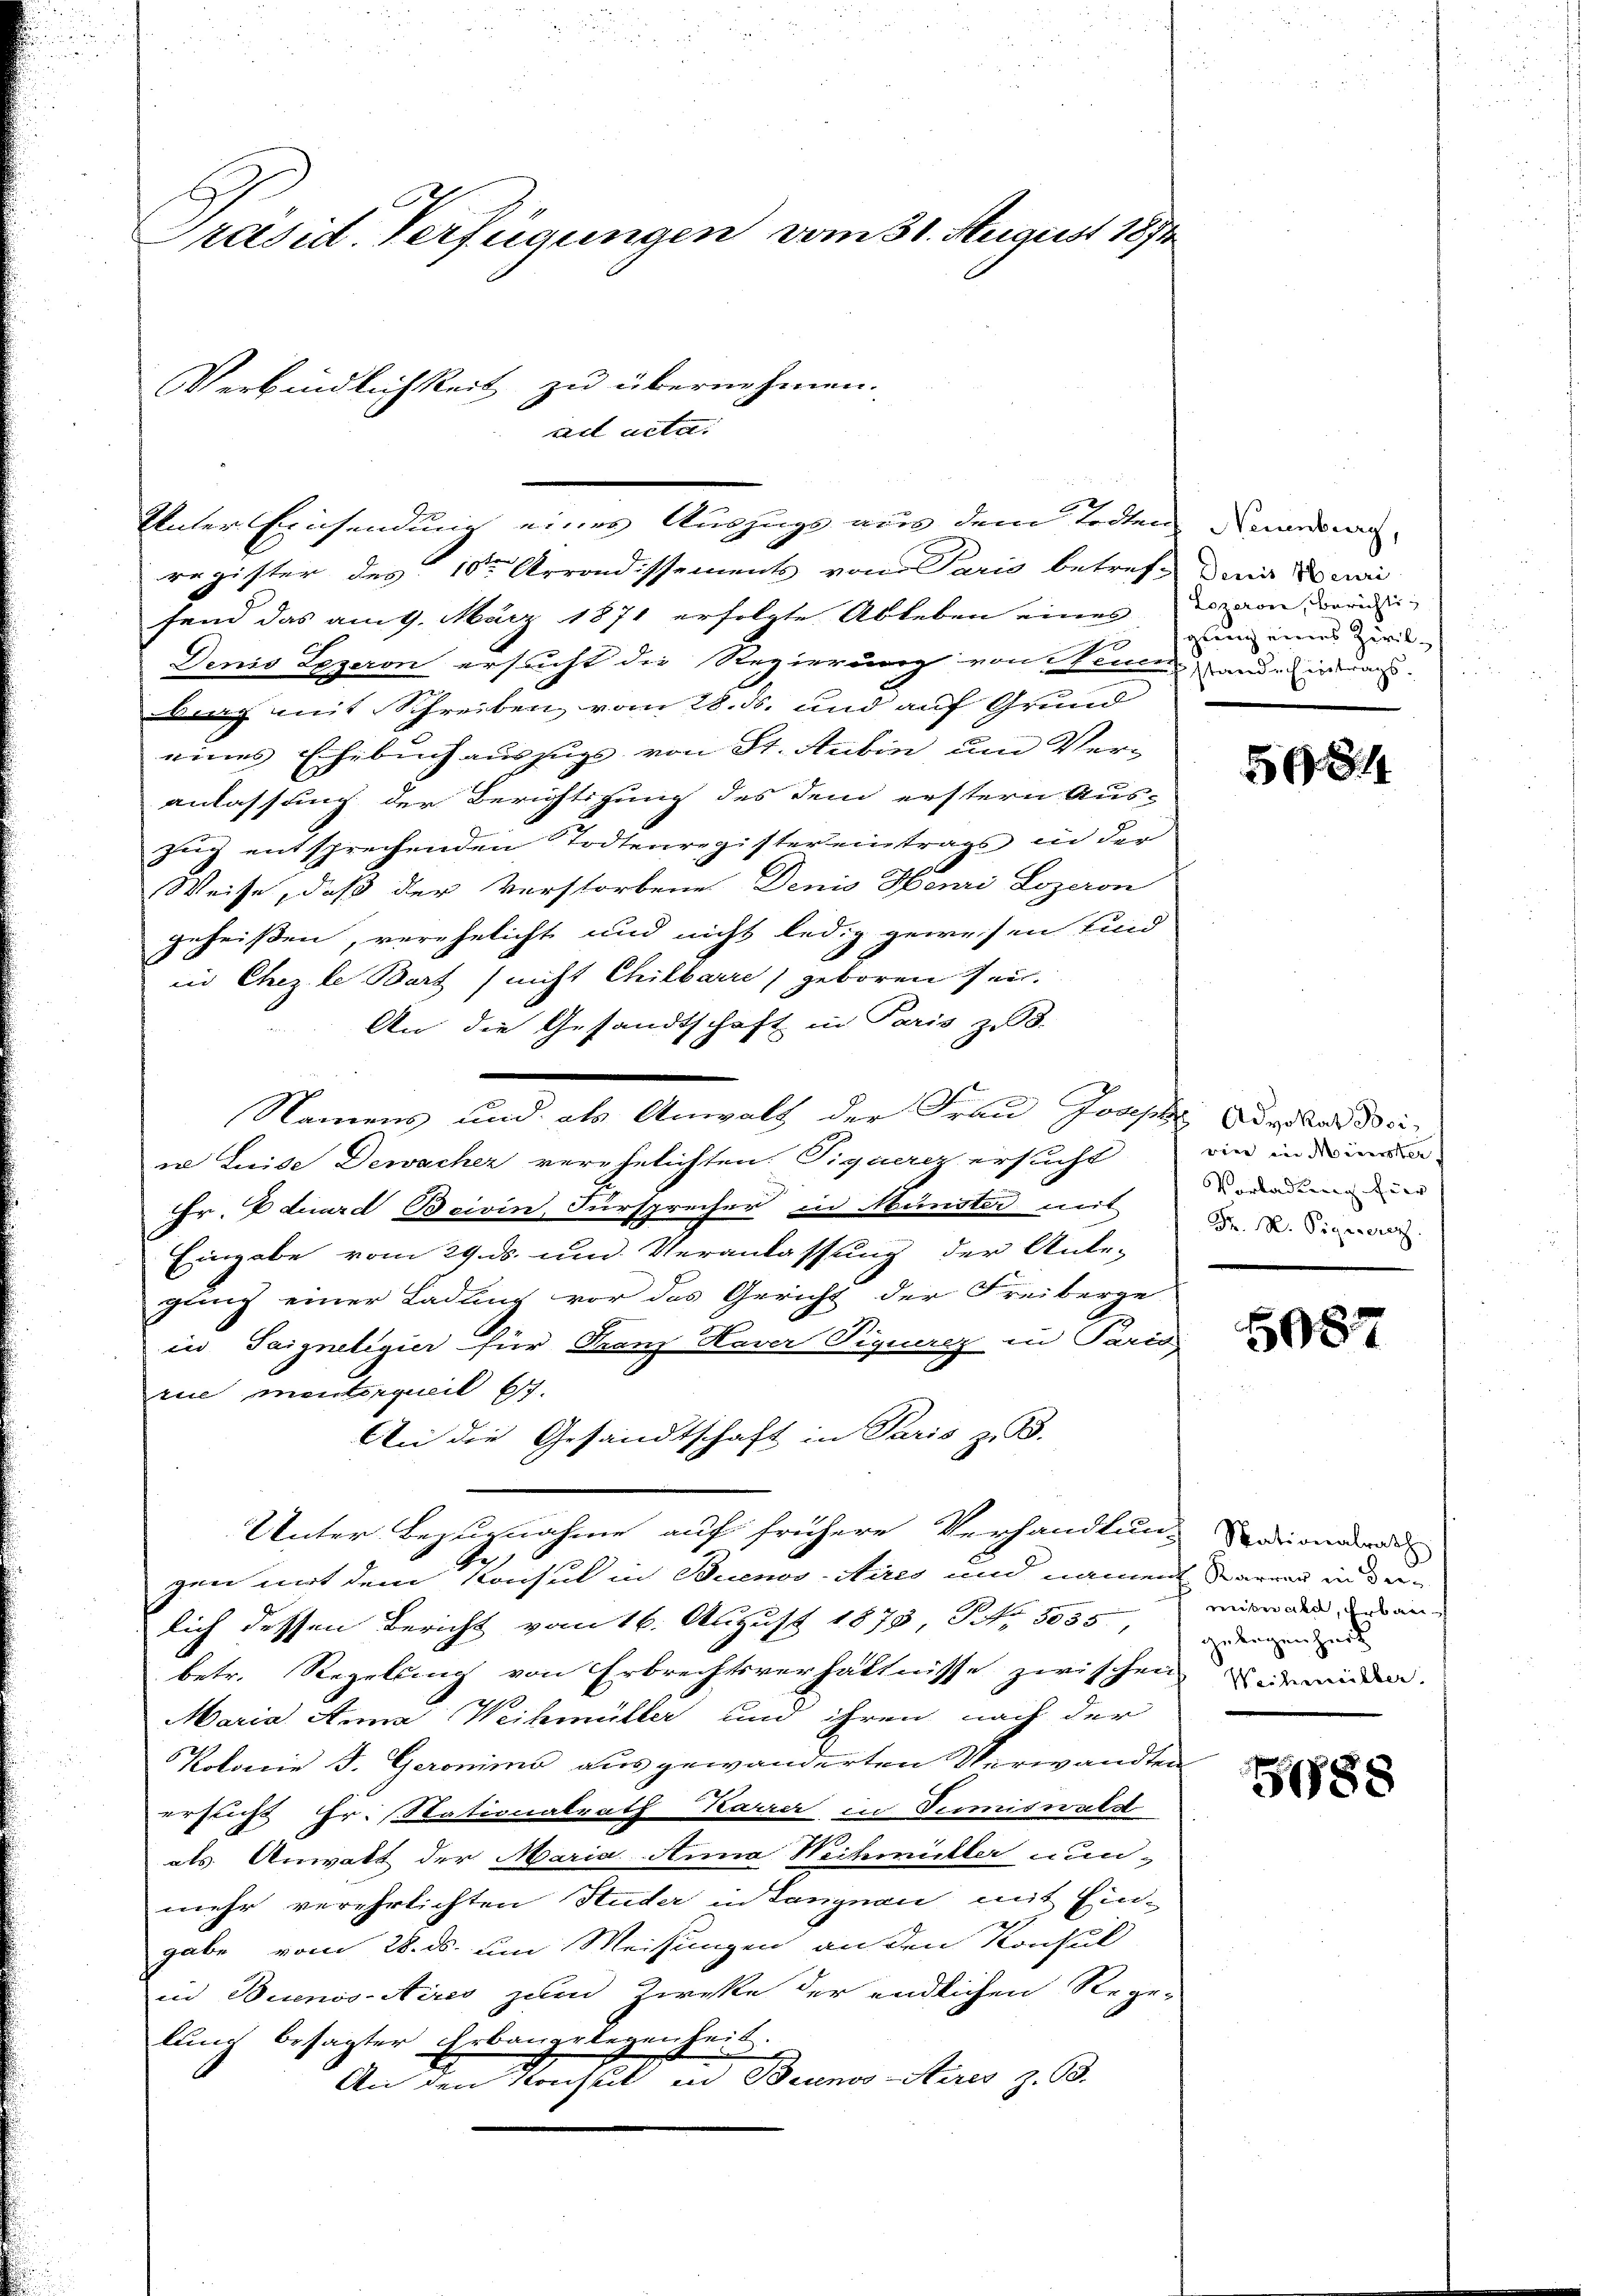
Präsid. Verfügungen vom 31. August 1874
Verbindlichkeit zu übernehmen.
ad acta.

2
Enter Einsendung eines Auszugs aus dem todten Neuen

register des 10ten Arrondissements von Paris betref- mir domi
fend das am 9. März 1871 erfolgte Ableben eines er von worü¬
Denis Lezeron ersucht die Regierung von Neuen ande intra
burg mit Schreiben vom 28. ds. und auf Grund
eines Ehebuch auszugs von St. Aubin um Veranlassung der Berichtigung des dem erstern Aus-
zug entsprechenden Todtenregister eintrags in der
Weise, daß der Verstorbene Denis Henri Lozeron
geheissen, verehelicht und nicht ledig gewesen sind
A
in Chezle Bart (nicht Chilbarre geboren sei.
An die Gesandtschaft in Paris z. B.
Namens und als Anwalt der Frau Joseph Advokat dei-
i Luise Dewacher verehelichten Piquerz ersucht
Fr. Eduard Boivin, Fürsprecher in Münster mit
Eingabe vom 29. ds. und Veranlassung der Ante-
gling einer Ladung vor des Gericht der Freiberge
in Saignetigier für Franz Haver Piquerez in Paris
rie mentorqueil E.
An die Gesandtschaft in Paris z. B.
Unter Bezugnahme auf frühere Verhandlung Maionalend
2
gen mit dem Konsul in Buenos-Aires und nament Baren in derlich dessen Bericht vom 16. August 1878, No. 5035
betr. Regelung von Erbrechtsverhältnisse zwischen Bewenden
190
Maria Anna Weihmüller und ihren nach der
Kolonie J. Geronino ausgewanderten Verwandten
ersricht Hr. Stationalrath Karrer, in Tumiswald
als Anwalt der Maria Anna Witmitter nun-
mehr verehrlichten Huder in Langnau mit Ein-
gabe vom 28. ds. um Weisungen an den Konsul
in Buenos-Aires zum Zirke der endlichen Rege-
lung besagter Erbangelegenheit.
An den Konst in Brunos-Aires z. 93.

glung eines Zivil¬

598

vier in Münster
Vorladung für
Fr. M. Signeraz

5087

weiberale, Erbau
zulegenheit

188